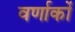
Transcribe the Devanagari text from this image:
वर्णाकों